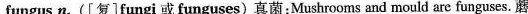
fungus n.([复]fungi或funguses) 真菌:Mushrooms and mould are funguses. 蘑